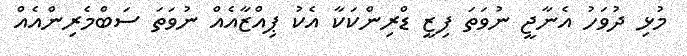
މުޅި ދުވަހު އެނާޖީ ނުވަތަ ފިޒީ ޑްރިންކަކާ އެކު ޕިއްޒާއެއް ނުވަތަ ސަބްމެރިންއެއް